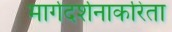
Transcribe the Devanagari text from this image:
मार्गदर्शनाकरिता